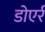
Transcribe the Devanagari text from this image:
डोएर्र